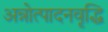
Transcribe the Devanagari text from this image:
अन्नोत्पादनवृद्धि